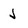
Character: J